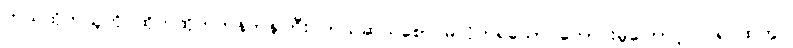
ကယ်ထိုက်သူကို ထိုက်ထိုက်တန်တန်ကြီး ကယ်ဆယ်စောင်မလိုက်ရသော ကောင်းမှုကြောင့်လဲ ရင်ထဲတွင်